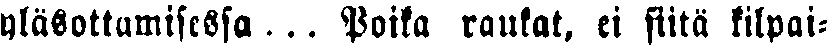
yläsottumisessa... Poika raukat, ei siitä kilpai-